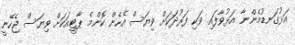
އަޅުގަނޑުމެންނާ އަޅުވާފައި ވަކި ފަރުދަކަށް ވިޔަސް އެހެން ކޮންމެ ޕާޓީއަކަށް ވިޔަސް ޖެހޭނީ